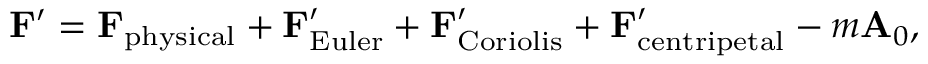
\mathbf { F } ^ { \prime } = \mathbf { F } _ { \mathrm { p h y s i c a l } } + \mathbf { F } _ { \mathrm { E u l e r } } ^ { \prime } + \mathbf { F } _ { \mathrm { C o r i o l i s } } ^ { \prime } + \mathbf { F } _ { \mathrm { c e n t r i p e t a l } } ^ { \prime } - m \mathbf { A } _ { 0 } ,